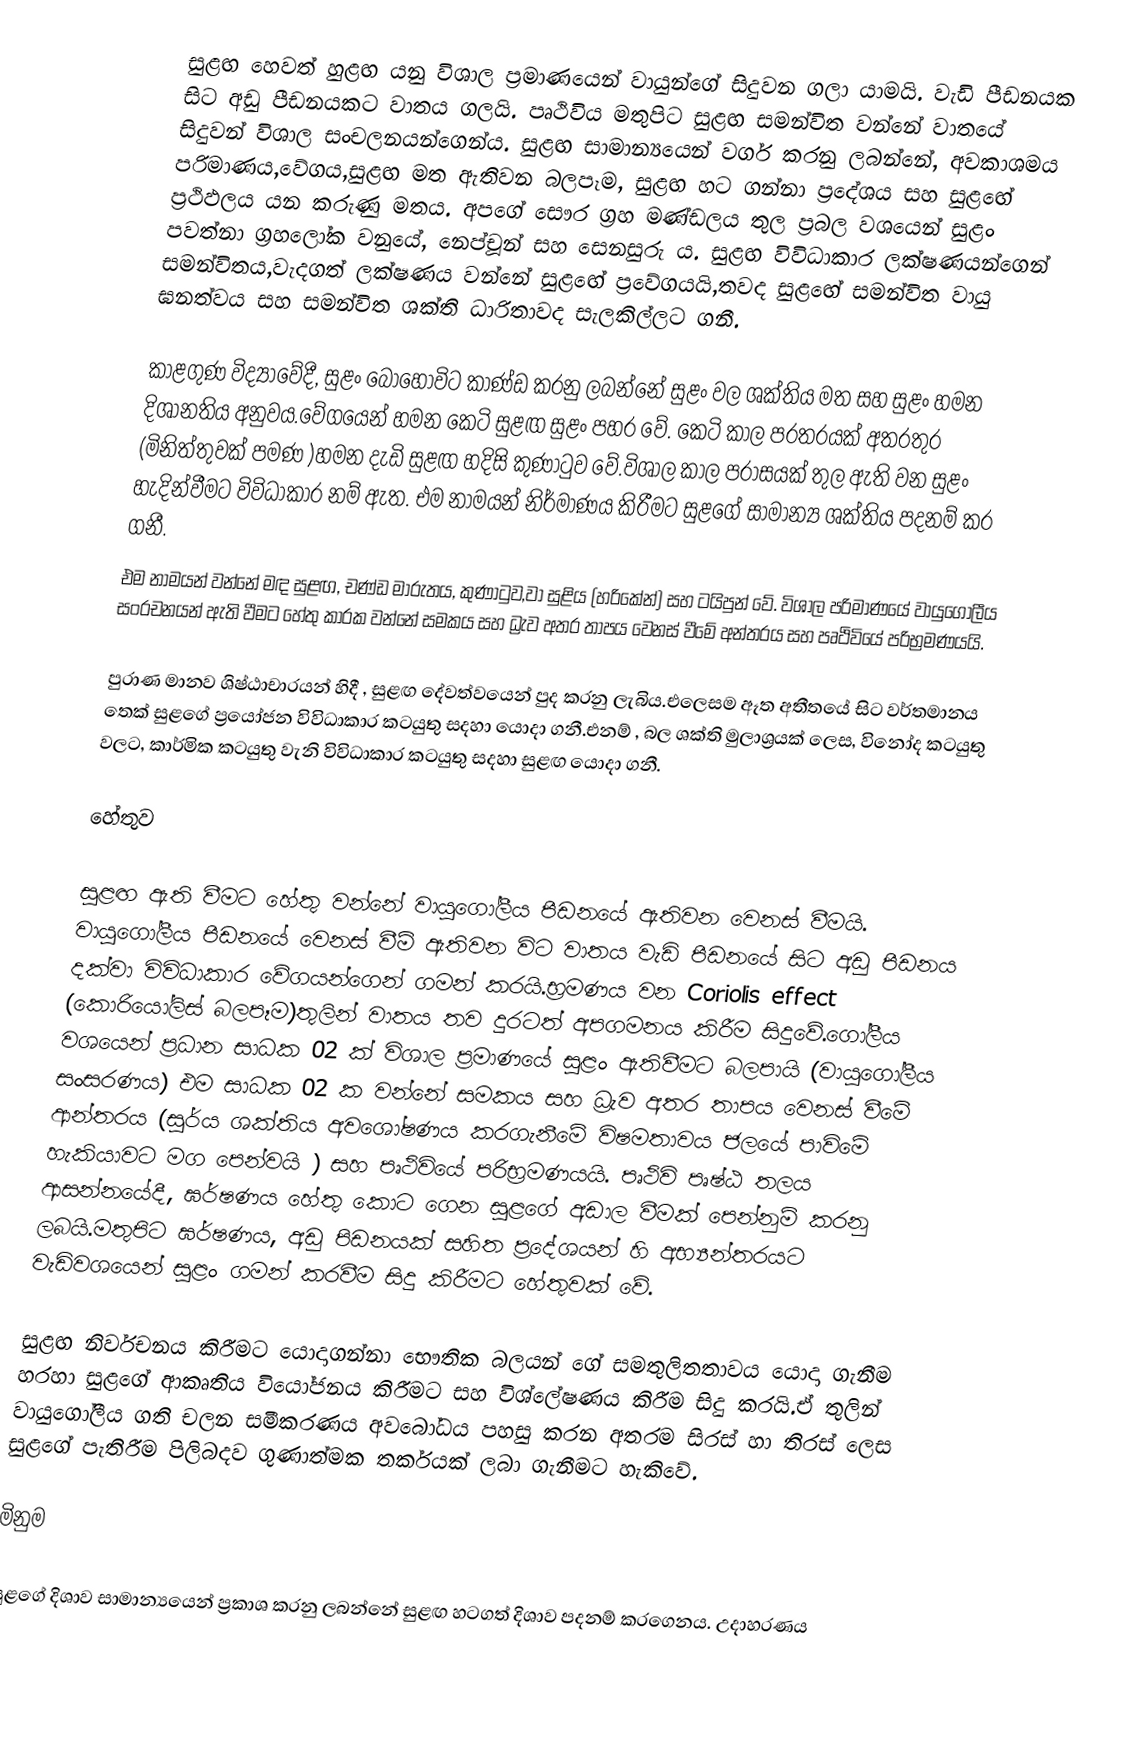
සුළඟ හෙවත් හුළඟ යනු විශාල ප්‍රමාණයෙන් වායුන්ගේ සිදුවන ගලා යාමයි. වැඩි පීඩනයක සිට අඩු පීඩනයකට වාතය ගලයි. පෘථිවිය මතුපිට සුළඟ සමන්විත වන්නේ  වාතයේ සිදුවන් විශාල සංචලනයන්ගෙන්ය. සුළඟ සාමාන්‍යයෙන්  වර්ග කරනු ලබන්නේ,  අවකාශමය පරිමාණය,වේගය,සුළඟ මත ඇතිවන බලපෑම, සුළඟ හට ගන්නා ප්‍රදේශය සහ සුළඟේ ප්‍රථිඵලය යන කරුණු මතය. අපගේ සෞර ග්‍රහ මණ්ඩලය  තුල ප්‍රබල වශයෙන් සුළං පවත්නා ග්‍රහලෝක වනුයේ, නෙප්චූන් සහ සෙනසුරු ය. සුළඟ විවිධාකාර ලක්ෂණයන්ගෙන් සමන්විතය,වැදගත් ලක්ෂණය වන්නේ සුළඟේ ප්‍රවේගයයි,තවද සුළඟේ සමන්විත වායු ඝනත්වය සහ සමන්විත ශක්ති  ධාරිතාවද සැලකිල්ලට ගනී.

කාළගුණ විද්‍යාවේදී, සුළං බොහෝවිට කාණ්ඩ කරනු ලබන්නේ සුළං වල ශක්තිය මත සහ  සුළං හමන දිශානතිය අනුවය.වේගයෙන් හමන කෙටි සුළඟ සුළං පහර වේ. කෙටි කාල පරතරයක් අතරතුර (මිනිත්තුවක්  පමණ )හමන දැඩි සුළඟ හදිසි කුණාටුව වේ.විශාල කාල පරාසයක් තුල ඇති වන සුළං හැදින්වීමට විවිධාකාර නම් ඇත. එම නාමයන් නිර්මාණය කිරීමට  සුළගේ සාමාන්‍ය ශක්තිය පදනම් කර ගනී.
එම නාමයන් වන්නේ මඳ සුළඟ, චණ්ඩ මාරුතය, කුණාටුව,වා සුළිය (හරිකේන්) සහ ටයිපුන් වේ. විශාල පරිමාණයේ වායුගෝලීය සංරචනයන් ඇති වීමට හේතු කාරක වන්නේ සමකය සහ ධ්‍රැව අතර තාපය වෙනස් වීමේ අන්තරය සහ පෘථිවියේ පරිභ්‍රමණයයි.

පුරාණ මානව ශිෂ්ඨාචාරයන් හිදී , සුළඟ දේවත්වයෙන් පුද කරනු ලැබිය.එලෙසම ඈත අතීතයේ සිට වර්තමානය තෙක් සුළගේ ප්‍රයෝජන විවිධාකාර කටයුතු සදහා යොදා ගනී.එනම් , බල ශක්ති මුලාශ්‍රයක් ලෙස, විනෝද කටයුතු වලට, කාර්මික කටයුතු වැනි විවිධාකාර කටයුතු සදහා සුළඟ යොදා ගනී.

හේතුව

සුළඟ ඇති වීමට හේතු වන්නේ වායුගෝලීය පීඩනයේ ඇතිවන වෙනස් වීමයි. වායුගෝලීය පීඩනයේ වෙනස් වීම් ඇතිවන විට වාතය වැඩි පීඩනයේ සිට අඩු පීඩනය දක්වා විවිධාකාර වේගයන්ගෙන් ගමන් කරයි.භ්‍රමණය වන Coriolis effect (කොරියෝලිස් බලපෑම)තුලින් වාතය තව දුරටත් අපගමනය කිරීම සිදුවේ.ගෝලීය වශයෙන් ප්‍රධාන සාධක 02 ක් විශාල ප්‍රමාණයේ සුළං ඇතිවීමට බලපායි (වායුගෝලීය සංසරණය) එම සාධක 02 ක වන්නේ සමකය සහ ධ්‍රැව අතර තාපය වෙනස් වීමේ ආන්තරය (සුර්ය ශක්තිය අවශෝෂණය කරගැනීමේ විෂමතාවය ජලයේ පාවිමේ හැකියාවට මග පෙන්වයි ) සහ පෘථිවියේ පරිභ්‍රමණයයි. පෘථිවි පෘෂ්ඨ තලය ආසන්නයේදී, ඝර්ෂණය හේතු කොට ගෙන සුළගේ අඩාල වීමක් පෙන්නුම් කරනු ලබයි.මතුපිට ඝර්ෂණය, අඩු පිඩනයක් සහිත ප්‍රදේශයන් හි අභ්‍යන්තරයට වැඩිවශයෙන් සුළං ගමන් කරවීම සිදු කිරීමට හේතුවක් වේ.

සුළඟ නිර්වචනය කිරීමට යොදාගන්නා භෞතික බලයන් ගේ සමතුලිතතාවය යොදා ගැනීම හරහා සුළගේ ආකෘතිය වියෝජනය කිරීමට  සහ විශ්ලේෂණය  කිරීම සිදු කරයි.ඒ තුලින් වායුගෝලීය ගති චලන සමීකරණය අවබෝධය පහසු කරන අතරම සිරස් හා තිරස් ලෙස සුළගේ පැතිරීම පිලිබදව ගුණාත්මක තර්කයක් ලබා ගැනීමට හැකිවේ.

මිනුම

සුළගේ දිශාව සාමාන්‍යයෙන් ප්‍රකාශ කරනු ලබන්නේ සුළඟ හටගත් දිශාව පදනම් කරගෙනය. උදාහරණය